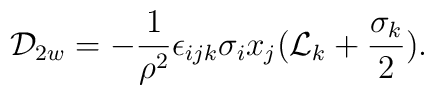
{\cal D}_{2w} = - {\frac{1}{{\rho}^{2}}} {\epsilon}_{i j k} {\sigma}_{i} x_{j} ( {\cal L}_{k} +\frac{{\sigma}_{k}}{2} ).